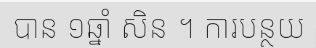
បាន ១ឆ្នាំ សិន ។ ការបន្ថយ